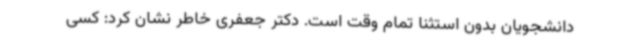
دانشجویان بدون استثنا تمام وقت است. دکتر جعفری خاطر نشان کرد: کسی